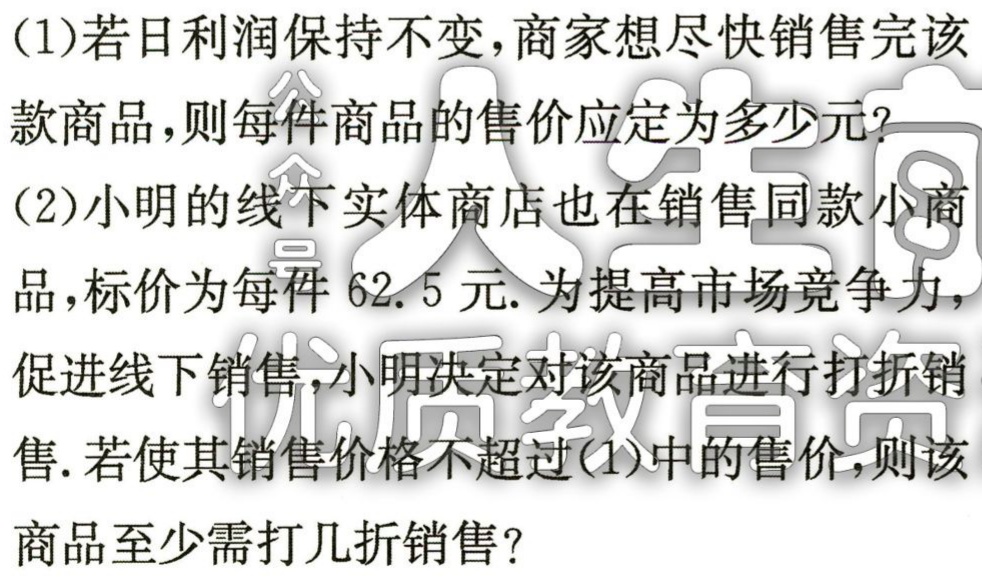
(1)若日利润保持不变，商家想尽快销售完该
款商品，则每件商品的售价应定为多少元？
(2)小明的线下实体商店也在销售同款小商
品，标价为每件$62.5$元. 为提高市场竞争力，
促进线下销售，小明决定对该商品进行打折销
售. 若使其销售价格不超过(1)中的售价，则该
商品至少需打几折销售？